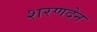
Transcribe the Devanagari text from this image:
शरणदेन